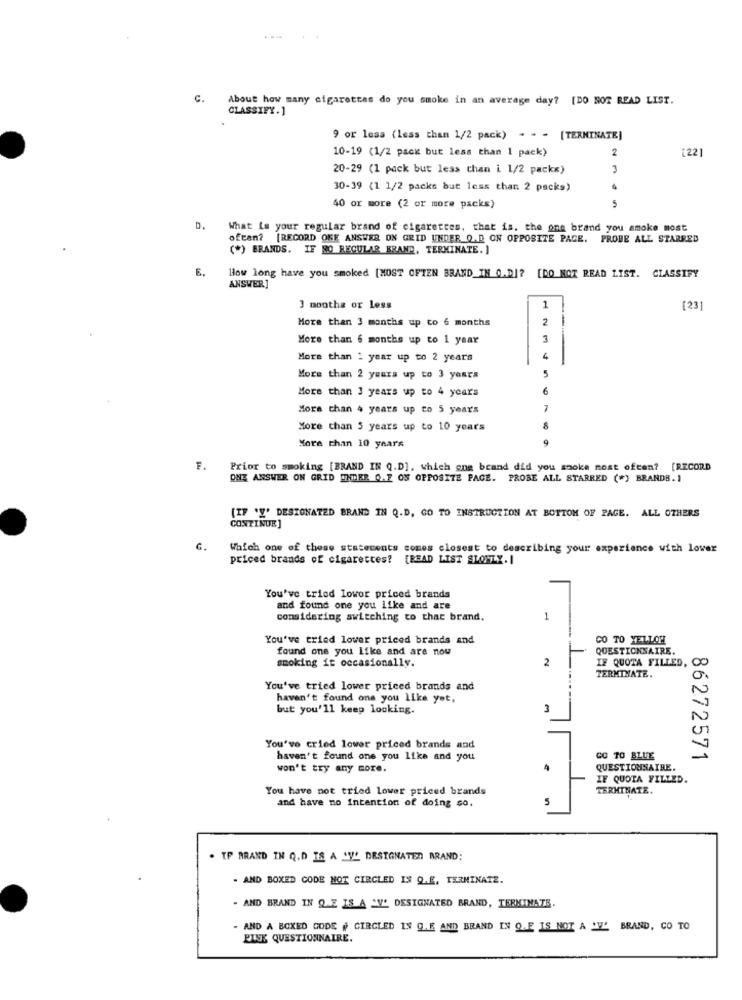
c.
About how many cigarettes do you smoke in an average day? [DO NOT READ LIST.
CLASSIFY.]
9 or less (less than 1/2 pack) - - - [TERMINATE]
10-19 (1/2 pack but less than 1 pack)
2
(22
20-29 (1 pack but less than i 1/2 packs)
30-39 (1 1/2 packs but less than 2 packs)
5
40 or more (2 or more packs)
D.
What is your regular brand of cigarettes, that is, the one brand you smoke most
ofcan? [RECORD OKE ANSWER ON GRID UNDER Q.D ON OPPOSITE PACE. PROBE ALL STARRED
(*) BRANDS. IF RO REGULAR BRAND, TERMINATE.]
E.
How long have you smoked [MOST OFTEN BRAND_IH Q.D]? [DO NOT READ LIST. CLASSIFY
ANSWER]
3 months or less
1
[2]
More than 3 months up to 6 months
2
More than 6 months up to 1 year
3
More than 1 year up to 2 years
4
5
More than 2 years up to 3 years
More than 3 years up to 4 years
6
More than 4 years up to 5 years
7
More than 5 years up to 10 years
8
More than 10 years
F. Prior to smoking [BRAND IN Q.D], which ong brand did you smoke most often? [RECORD
ONE ANSWER ON GRID INDER O.E OS OPPOSITE PACE. PROBE ALL STARRED (*) BRANDS. 1
[IF 'Y' DESIGNATED BRAND IN Q.D, GO TO INSTRUCTION AT BOTTOM OF PAGE. ALL OTHERS
CONTINUE ]
G.
Which one of these statements comes closest to describing your experience with lower
priced brands of cigarettes? [READ LIST SLONEX. I
You've tried lower priced brands
and found one you like and are
considering switching to that brand.
1
You've tried lower priced brands and
CO TO YELLOH
found one you Like and are now
QUESTIONNAIRE.
smoking it occasionally.
2
IF QUOTA FILLED,
TERMINATE.
You've tried lower priced brands and
haven't found ons you like yet,
but you'll keep looking.
3
You've cried lower priced brands and
haven't found one you like and you
CO TO BLUE
86272571
won't try any more.
QUESTIONNAIRE.
IF QUOTA FILLED.
You have not tried lower priced brands
TERMINATE.
and have no Intention of doing so.
5
. IF BRAND IN Q.D IS A 'V' DESIGNATED ARAND:
- AND BOXED CODE NOT CIRCLED IS Q.E, TERMINATE.
- AND BRAND IN Q.E IS A .V' DESIGNATED BRAND, TERMINATE.
- AND A BOXED GODE # CIRCLED IN G.E AND BRAND IN Q.E IS NOT A 'W' BRAND, CO TO
PISK QUESTIONNAIRE.